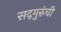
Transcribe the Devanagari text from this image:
सद्‍गुरुंची